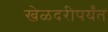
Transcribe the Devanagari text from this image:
खेळदरीपर्यंत